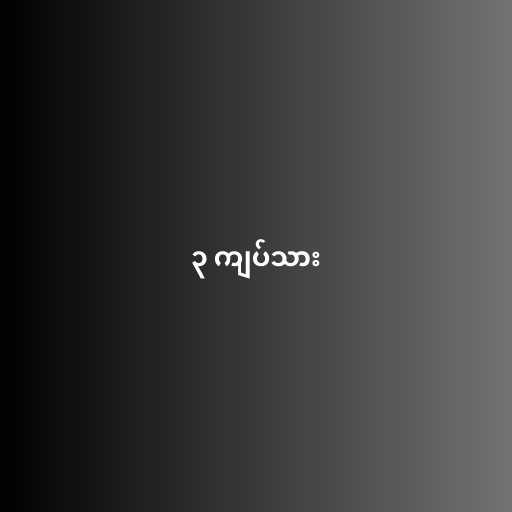
၃ ကျပ်သား